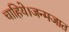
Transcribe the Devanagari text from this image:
चाहिये।जन्मजात